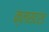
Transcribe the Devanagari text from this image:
क्लसटर्ड